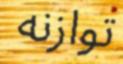
توازنه